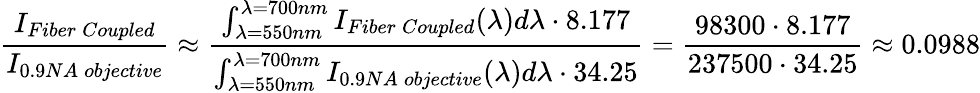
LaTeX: \frac{I_{Fiber\: Coupled}}{I_{0.9NA\: objective}}\approx\frac{\int_{\lambda=550nm}^{\lambda=700nm}I_{Fiber\: Coupled}(\lambda)d\lambda\cdot 8.177}{\int_{\lambda=550nm}^{\lambda=700nm}I_{0.9NA\: objective}(\lambda)d\lambda\cdot 34.25}=\frac{98300\cdot 8.177}{237500\cdot 34.25}\approx 0.0988